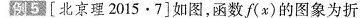
例5[北京理2015.7]如图，函数f(x)的图象为折